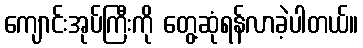
ကျောင်းအုပ်ကြီးကို တွေ့ဆုံရန်လာခဲ့ပါတယ်။